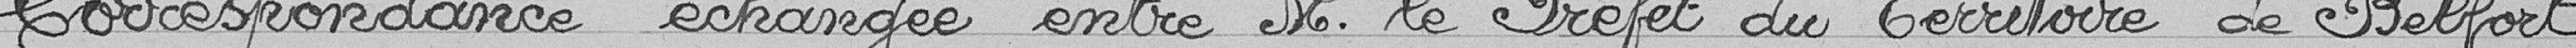
Correspondance échangée entre M. le Préfet du territoire de Belfort